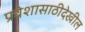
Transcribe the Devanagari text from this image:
प्रवेशासाठीदेखील